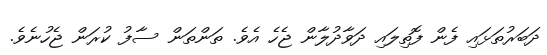
ދަބަރުތަަޅައި ފެން ފޮތިލައި ދަވާދުލާން ޖެހެ އެވެ. ތަންތަން ސާފު ކުރަން ޖެހުނެވެ.